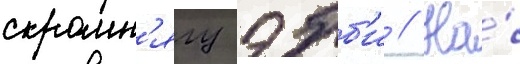
скромн'ягу эбб'и // На́